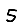
Digit: 5